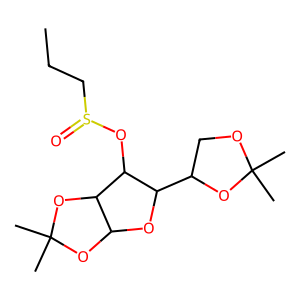
SMILES: CCCS(=O)OC1C(C2COC(C)(C)O2)OC2OC(C)(C)OC21
Inhibits HIV replication: No